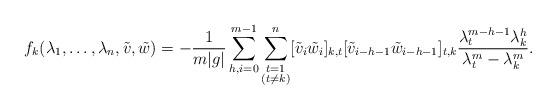
LaTeX: \begin{align*}f_k(\lambda_1,\dots,\lambda_n,\tilde{v},\tilde{w})=-\frac{1}{m|g|}\sum_{h,i=0}^{m-1}\sum_{\substack{t=1\\(t\neq k)}}^n[\tilde{v}_i\tilde{w}_i]_{k,t}[\tilde{v}_{i-h-1}\tilde{w}_{i-h-1}]_{t,k}\frac{\lambda_t^{m-h-1}\lambda_k^h}{\lambda_t^m-\lambda_k^m}.\end{align*}